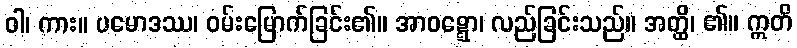
ဝါ၊ ကား။ ပမောဒဿ၊ ဝမ်းမြောက်ခြင်း၏။ အာဝဋ္ဋော၊ လည်ခြင်းသည်။ အတ္ထိ၊ ၏။ ဣတိ